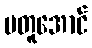
မတူအောင်